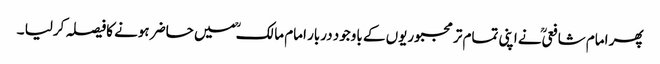
پھر امام شافعیؒ نے اپنی تمام تر مجبوریوں کے باوجود دربار امام مالکؒ میں حاضر ہونے کافیصلہ کرلیا ۔